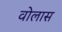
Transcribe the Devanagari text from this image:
वोलास